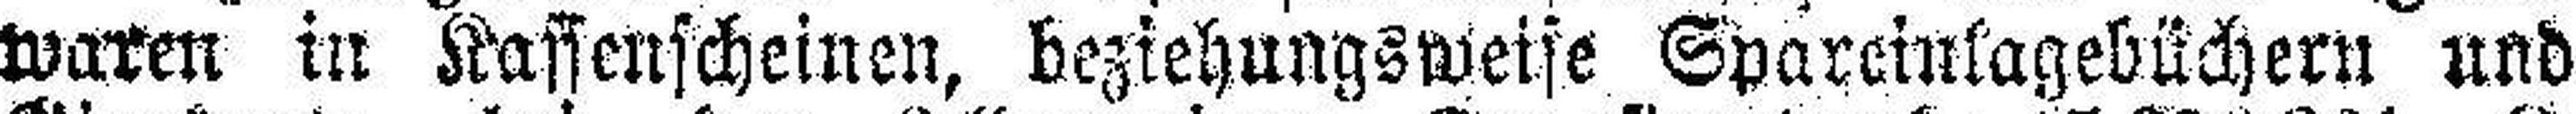
waren in Kassenscheinen, beziehungsweise Spareinlagebüchern und